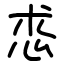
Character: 怷